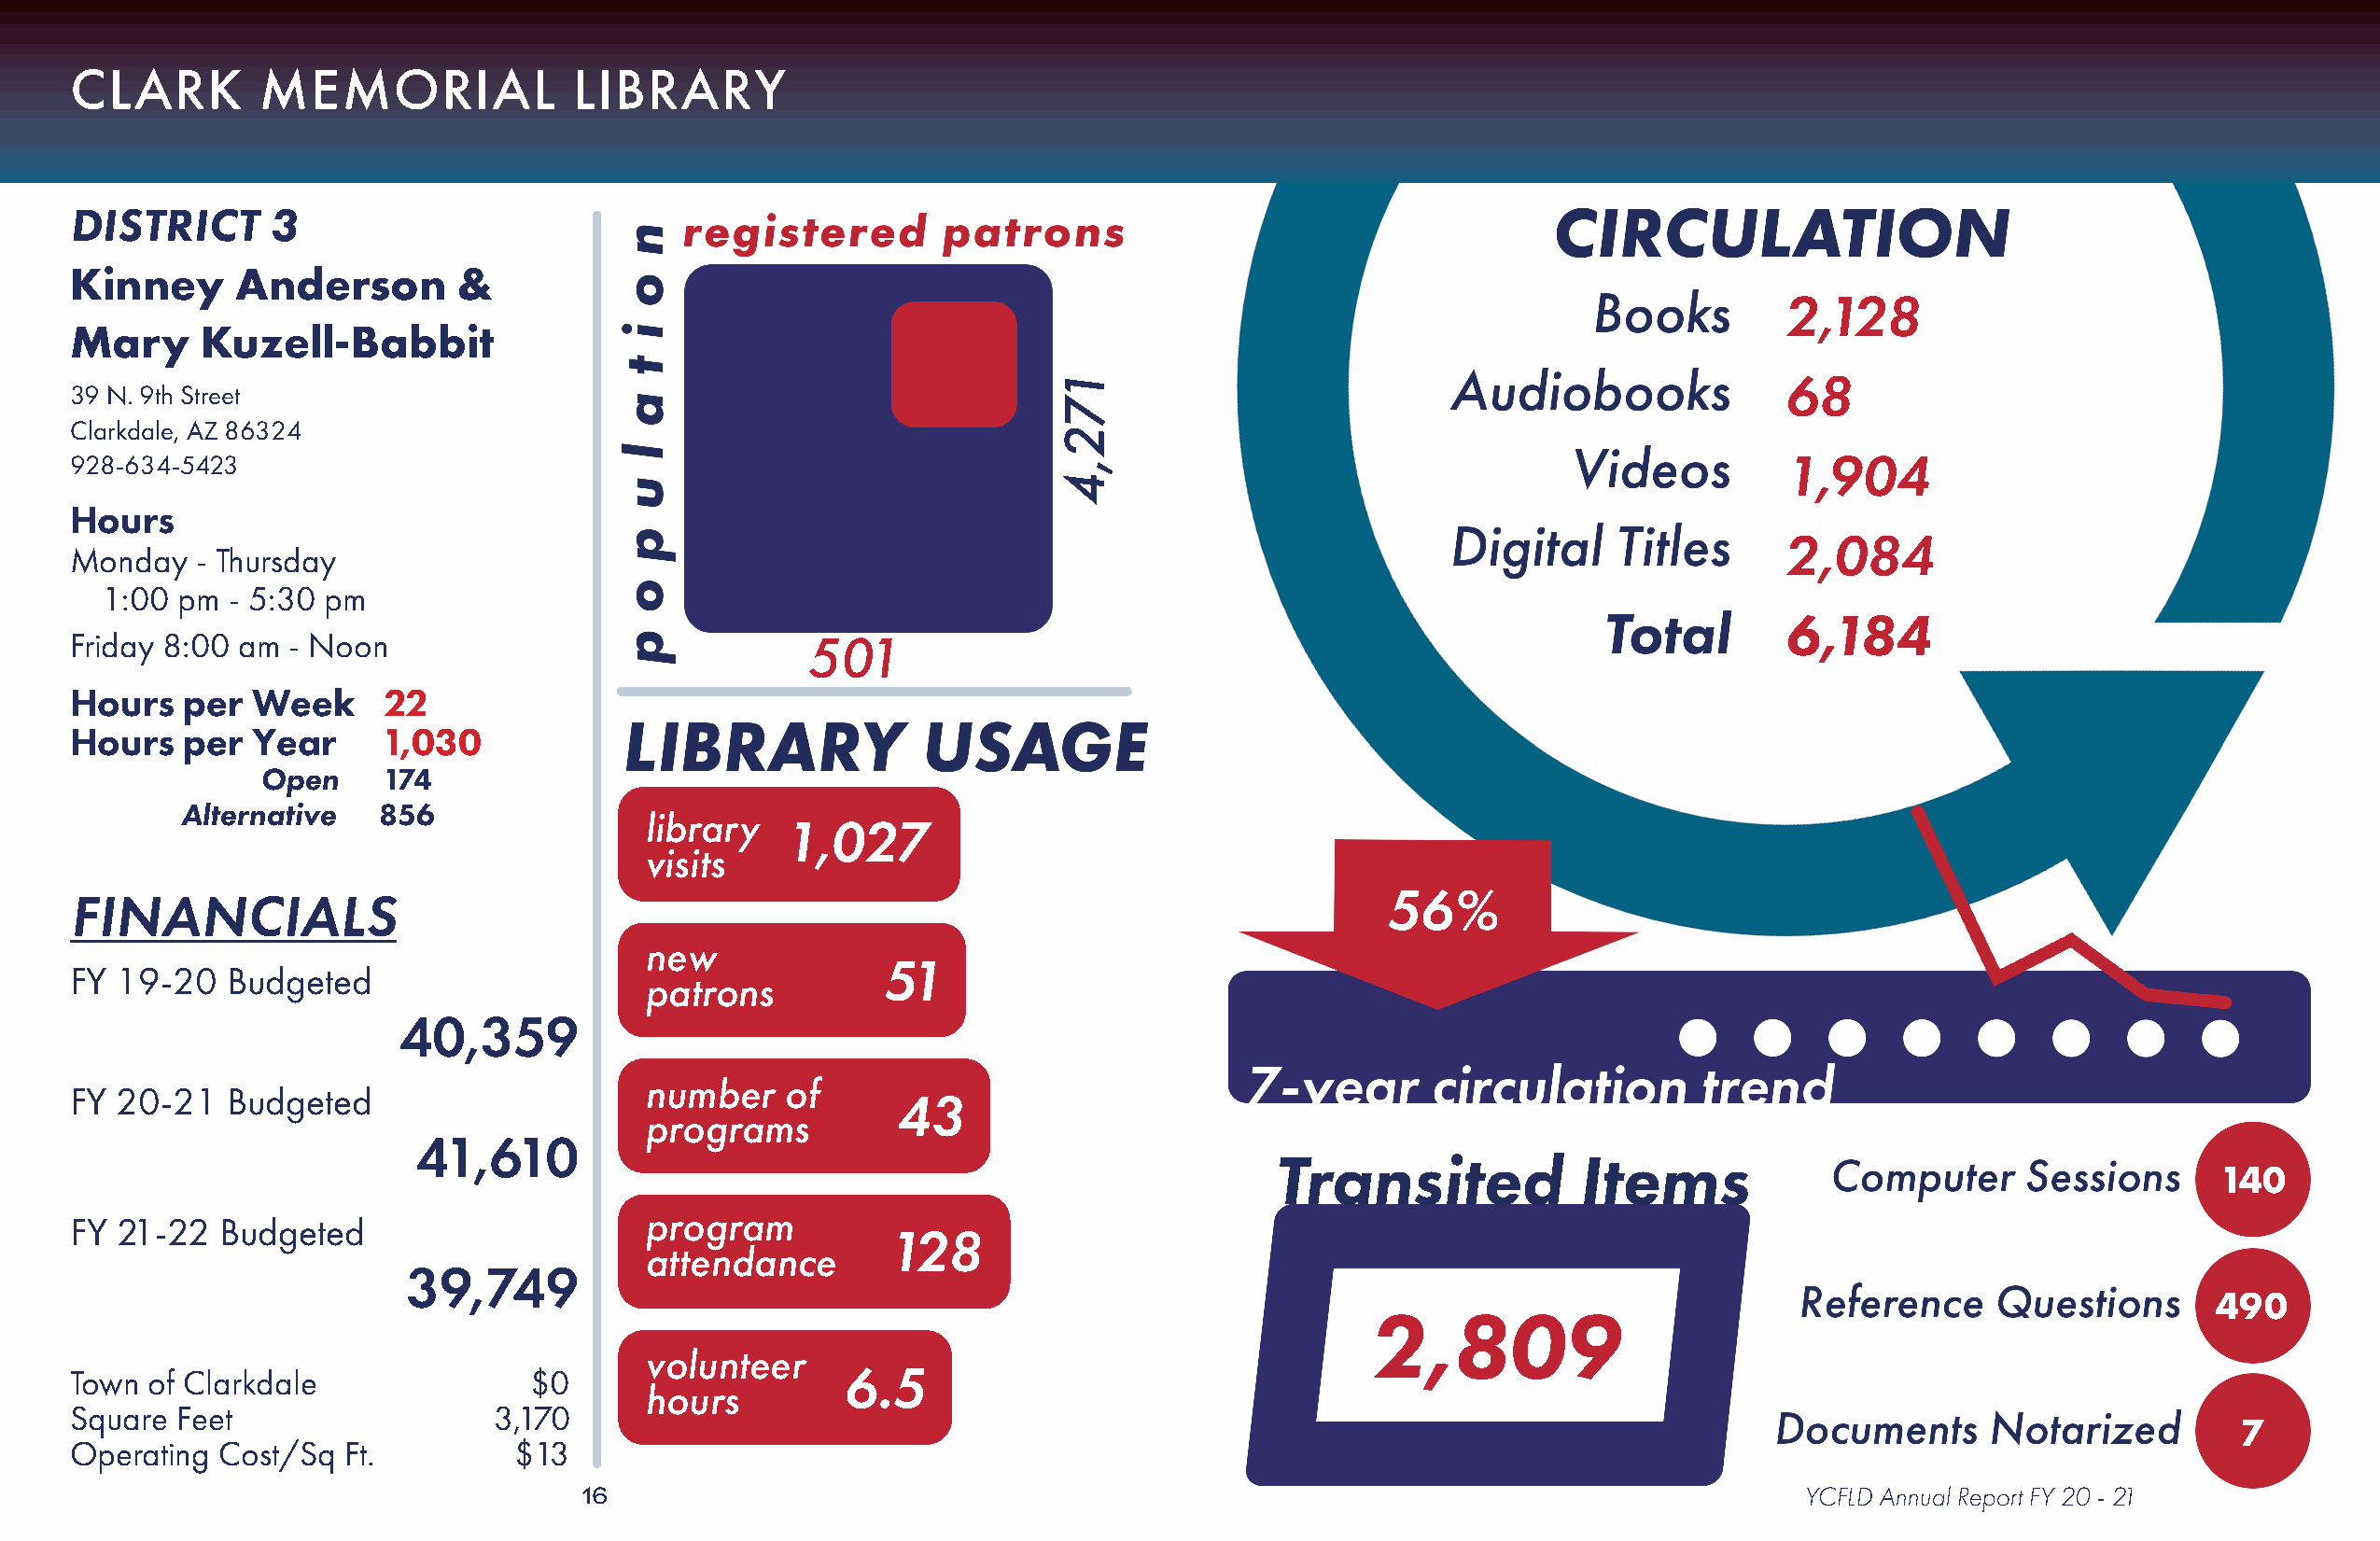
CLARK        MEMORIAL               LIBRARY
 DISTRICT      3
 Kinney      Anderson       &
 2,128
 Mary     Kuzell-Babbit
 68
 39 N. 9th Street
 Clarkdale, AZ 86324
 928-634-5423                                                                                                              1,904
 Hours
 2,084
 Monday   - Thursday
 1:00  pm - 5:30 pm
 6,184
 Friday 8:00 am  - Noon                              501
 Hours   per  Week     22
 Hours   per  Year     1,030
 Open     174
 Alternative   856
 library
 1,027
 visits
 56%
 FINANCIALS
 new
 51
 FY 19-20   Budgeted
 patrons
 40,359
 number    of
 FY 20-21   Budgeted
 43
 programs
 41,610
 Transited             Items
 140
 FY 21-22   Budgeted                      program
 128
 attendance
 39,749
 490
 2,809
 volunteer
 Town  of Clarkdale               $0                    6.5
 hours
 Square  Feet                  3,170
 7
 Operating  Cost/Sq Ft.         $13
 16                                                                                     YCFLD Annual Report FY 20 - 21
 172,4